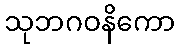
သုဘဂဝနိကော